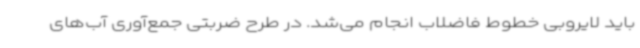
باید لایروبی خطوط فاضلاب انجام می‌شد. در طرح ضربتی جمع‌آوری آب‌های